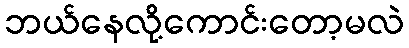
ဘယ်နေလို့ကောင်းတော့မလဲ